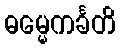
ဓမ္မေကင်္ခတိ